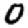
Digit: 0